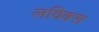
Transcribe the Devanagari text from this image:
लविक्स